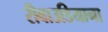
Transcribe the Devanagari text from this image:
रीबाउडियाना